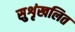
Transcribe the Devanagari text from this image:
सुशृंखलित